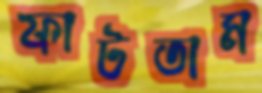
ফাটতাম